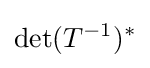
\det(T^{-1})^{\ast }